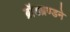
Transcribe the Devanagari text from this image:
ब्रॉडब्रण्डने